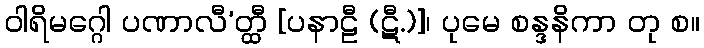
ဝါရိမဂ္ဂေါ ပဏာလီ’တ္ထီ [ပနာဠီ (ဋီ.)]၊ ပုမေ စန္ဒနိကာ တု စ။